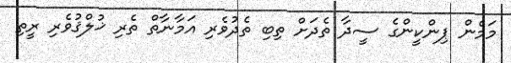
މަމެން ޕިންކީންގެ ސީދާ ތެދަށް ތިބި ތެދުވެރި އަމާނާތް ތެރި ޚުލްޤުވެރި ރީތި